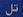
تل